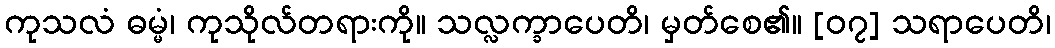
ကုသလံ ဓမ္မံ၊ ကုသိုလ်တရားကို။ သလ္လက္ခာပေတိ၊ မှတ်စေ၏။ [၀၇] သရာပေတိ၊